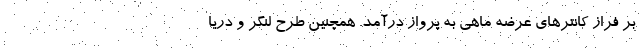
بر فراز کانترهای عرضه ماهی به پرواز درآمد. همچنین طرح لنگر و دریا